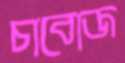
চাবোজ